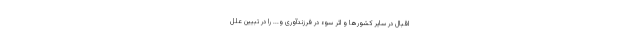
اقبال در سایر کشورها و اثر سوء در فرزندآوری و... را در تبیین علل